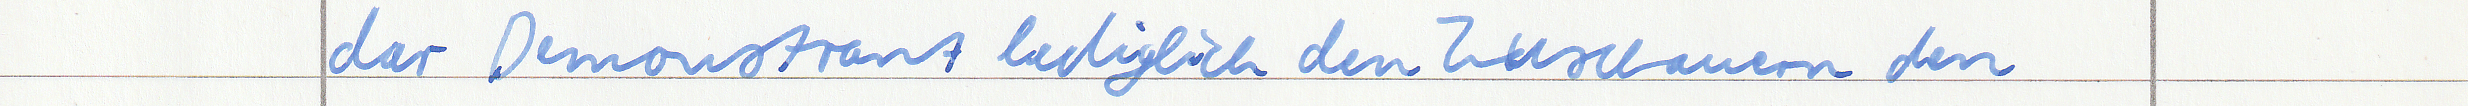
der Demonstrant lediglich den Zuschauern den